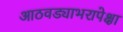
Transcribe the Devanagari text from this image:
आठवड्याभरापेक्षा